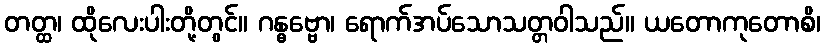
တတ္ထ၊ ထိုလေးပါးတို့တွင်။ ဂန္ဓဗ္ဗော၊ ရောက်အပ်သောသတ္တဝါသည်။ ယတောကုတောစိ၊